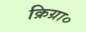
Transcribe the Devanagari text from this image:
क्रिग्रा०